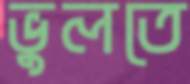
ভুলতে